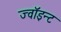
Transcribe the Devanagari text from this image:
ज्वॉइन्ट